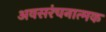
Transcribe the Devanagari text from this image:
अवसरंचनात्मक